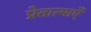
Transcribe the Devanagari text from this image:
प्रेतात्माएँ